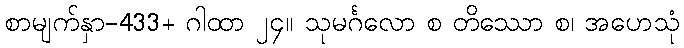
စာမျက်နှာ-433+ ဂါထာ ၂၄။ သုမင်္ဂလော စ တိဿော စ၊ အဟေသုံ